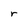
Character: r